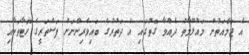
އެ ޖަމާއަތުން މައުލޫމާތު ދެއްވާ ގޮތުގައި އެ ދަތުރުގެ ބައިވެރިންނަށް ފަސްތަރީގެ ހޮޓާތަކާއި